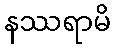
နဿရာမိ